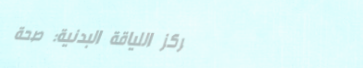
مركز اللياقة البدنية: صحة